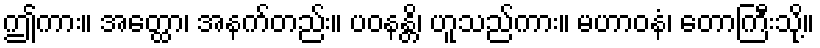
ဤကား။ အတ္ထော၊ အနက်တည်း။ ပဝနန္တိ၊ ဟူသည်ကား။ မဟာဝနံ၊ တောကြီးသို့။